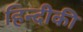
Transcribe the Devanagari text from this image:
हिन्दीकी